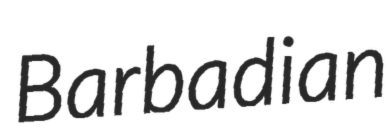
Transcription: Barbadian